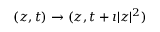
( z , t ) \to ( z , t + \imath | z | ^ { 2 } )